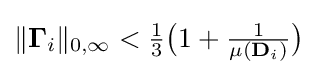
{\textstyle \|\mathbf {\Gamma } _{i}\|_{0,\infty }<{\frac {1}{3}}{\big (}1+{\frac {1}{\mu (\mathbf {D} _{i})}}{\big )}}